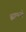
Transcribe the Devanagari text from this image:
ह्यामागे